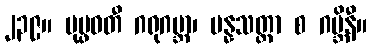
၂၃၉။ ပုပ္ဖဝတီ ဂရုဂဗ္ဘာ၊ ပန္နသတ္တာ စ ဂဗ္ဘိနီ။